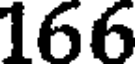
166